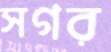
সগর